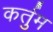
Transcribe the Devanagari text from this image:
कर्तुम